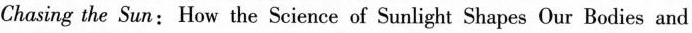
Chasing the Sun:How the Science of Sunlight Shapes Our Bodies and